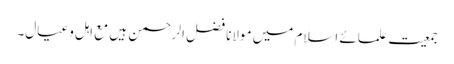
جمعیت علمائے اسلام میں مولانا فضل الرحمن ہیں مع اہل و عیال۔